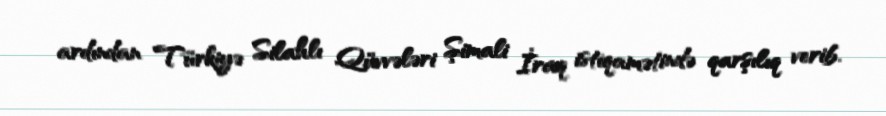
ardından Türkiyə Silahlı Qüvvələri Şimali İraq istiqamətində qarşılıq verib.